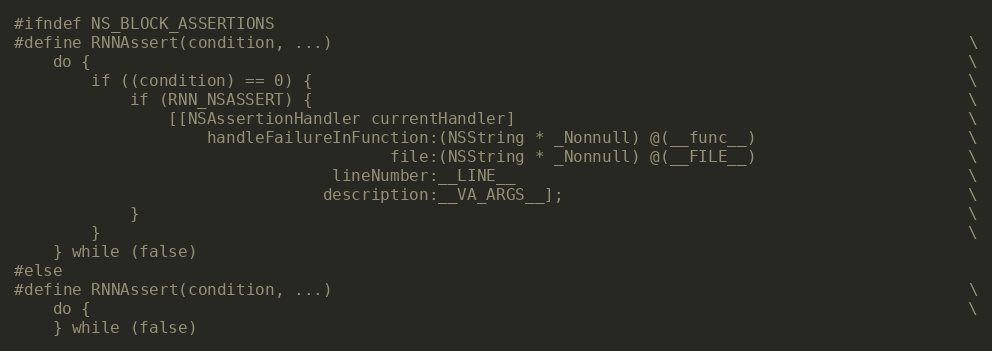
Language: C
#ifndef NS_BLOCK_ASSERTIONS
#define RNNAssert(condition, ...)                                                                  \
    do {                                                                                           \
        if ((condition) == 0) {                                                                    \
            if (RNN_NSASSERT) {                                                                    \
                [[NSAssertionHandler currentHandler]                                               \
                    handleFailureInFunction:(NSString * _Nonnull) @(__func__)                      \
                                       file:(NSString * _Nonnull) @(__FILE__)                      \
                                 lineNumber:__LINE__                                               \
                                description:__VA_ARGS__];                                          \
            }                                                                                      \
        }                                                                                          \
    } while (false)
#else
#define RNNAssert(condition, ...)                                                                  \
    do {                                                                                           \
    } while (false)